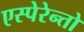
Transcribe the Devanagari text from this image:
एस्पेरेन्तो